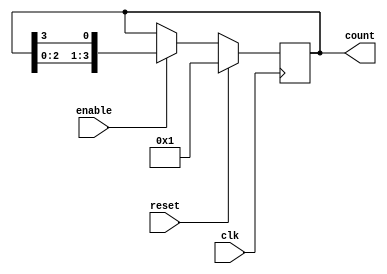
module ring_counter #(
    parameter N = 4  // Number of bits (flip-flops) in the ring counter
) (
    input wire clk,          // Clock signal
    input wire reset,        // Synchronous reset signal
    input wire enable,       // Enable signal
    output reg [N-1:0] count // Output register for the counter state
);

    // Initialize the counter to start with the first flip-flop set to '1'
    initial begin
        count = 1'b1; // Start with a '1' in the first position
    end

    // Always block triggered on the rising edge of the clock
    always @(posedge clk) begin
        if (reset) begin
            count <= 1'b1; // Reset to the initial state with '1' in the first position
        end else if (enable) begin
            // Shift the '1' token to the left with wrap-around
            count <= {count[N-2:0], count[N-1]}; // Shift left and wrap-around
        end
    end

endmodule